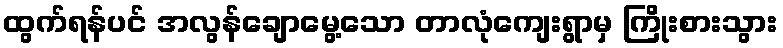
ထွက်ရန်ပင် အလွန်ချောမွေ့သော တာလုံကျေးရွာမှ ကြိုးစားသွား